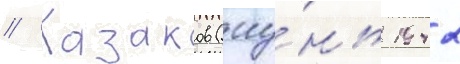
// Казаков (иу́нь 1942